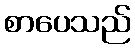
စာပေသည်